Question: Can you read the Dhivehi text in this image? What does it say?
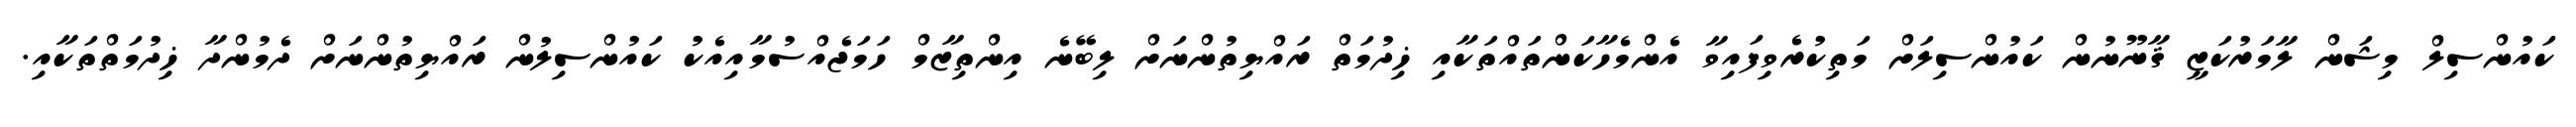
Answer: ކައުންސިލް މިޝަން ލާމަރުކަޒީ ޤާނޫނުން ކައުންސިލަށް މަތިކުރެވިފައިވާ އެންމެހާކަންތައްތަކާއި ޚިދުމަތް ރައްޔިތުންނަށް ލިބޭނެ އިންތިޒާމް ހަމަޖެއްސުމާއިއެކު ކައުންސިލުން ރައްޔިތުންނަށް ދެމުންދާ ޚިދުމަތްތަކާއި.